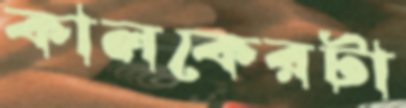
কালকেরটা